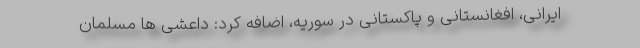
ایرانی، افغانستانی و پاکستانی در سوریه، اضافه کرد: داعشی ها مسلمان